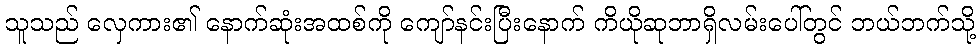
သူသည် လှေကား၏ နောက်ဆုံးအထစ်ကို ကျော်နင်းပြီးနောက် ကိယိုဆုဘာရှိလမ်းပေါ်တွင် ဘယ်ဘက်သို့